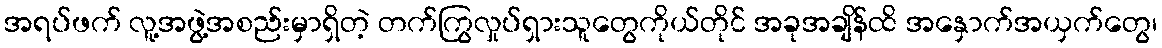
အရပ်ဖက် လူ့အဖွဲ့အစည်းမှာရှိတဲ့ တက်ကြွလှုပ်ရှားသူတွေကိုယ်တိုင် အခုအချိန်ထိ အနှောက်အယှက်တွေ၊